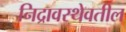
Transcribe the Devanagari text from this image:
निद्रावस्थेवतील